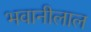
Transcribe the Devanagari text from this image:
भवानीलाल